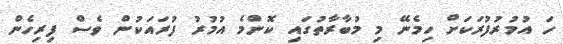
ހަ އުމުރުފުރަަކަށް ހިމެނޭ މި މުބާރާތުގައި ކޮންމެ އުމުރު ފުރައަކުން ވެސް ފިރިހެން